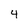
Character: 4